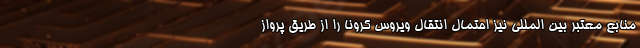
منابع معتبر بین المللی نیز احتمال انتقال ویروس کرونا را از طریق پرواز